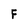
Character: F